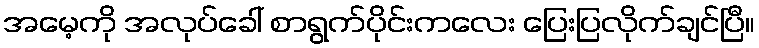
အမေ့ကို အလုပ်ခေါ် စာရွက်ပိုင်းကလေး ပြေးပြလိုက်ချင်ပြီ။